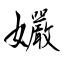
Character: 孍